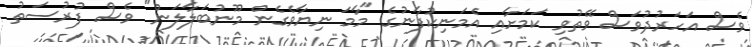
ވެސް އަހަރުދުވަސް ވޭތުވި ކަމަށާއި އެމަނިކުފާނުގެ "މާމަ ނިޔާވެގެން މޫނުބަލާލަން" ވެސް ފުރުސަތު